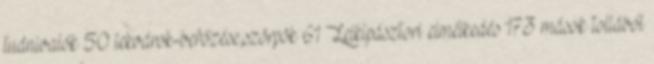
tudnivalók 50 lekvárok-befőzése,szörpök 61 Lelkipásztori elmélkedés 173 mások tollából